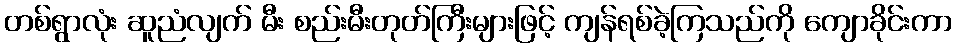
တစ်ရွာလုံး ဆူညံလျက် မီး စည်းမီးတုတ်ကြီးများဖြင့် ကျန်ရစ်ခဲ့ကြသည်ကို ကျောခိုင်းကာ